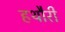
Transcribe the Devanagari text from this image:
हथौरी